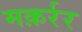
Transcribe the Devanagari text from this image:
मक़र्रर